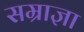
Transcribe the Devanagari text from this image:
सम्राज्ञा